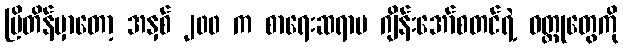
ဗြိတိန်မှာတော့ အနှစ် ၂၀၀ က စာရေးဆရာမ ဂျိန်းအော်စတင်ရဲ့ ဝတ္ထုတွေကို